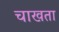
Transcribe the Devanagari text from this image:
चाखता